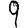
Digit: 9